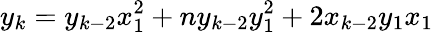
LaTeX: y_{k}=y_{k-2}x_{1}^{2}+ny_{k-2}y_{1}^{2}+2x_{k-2}y_{1}x_{1}